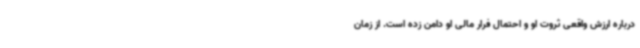
درباره ارزش واقعی ثروت او و احتمال فرار مالی او دامن زده است. از زمان